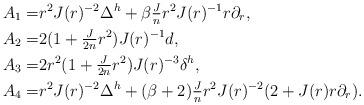
LaTeX: \begin{align*} A_1=&r^2J(r)^{-2}\Delta^h+\beta \tfrac Jn r^2J(r)^{-1} r\partial_r ,\\ A_2=&2(1+\tfrac{J}{2n} r^2)J(r)^{-1}d,\\ A_3=&2r^2(1+\tfrac{J}{2n}r^2)J(r)^{-3}\delta^h,\\ A_4=&r^2 J(r)^{-2}\Delta^h+(\beta+2)\tfrac Jn r^2 J(r)^{-2}(2+J(r)r\partial_r). \end{align*}